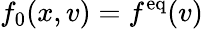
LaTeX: f_{0}(x,v)=f^{\mathrm{eq}}(v)